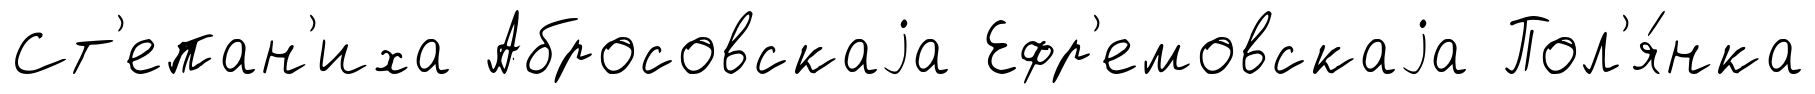
Ст'епан'иха Абросовскаjа Ефр'емовскаjа Пол'я́нка